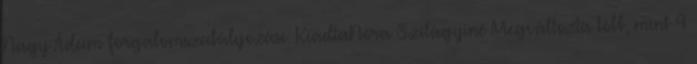
Nagy Ádám forgalomszabályozási. KiadtaNóra Szilágyiné Megváltozta több, mint 4